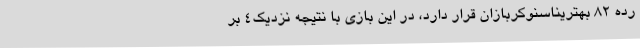
رده 82 بهتریناسنوکربازان قرار دارد، در این بازی با نتیجه نزدیک4 بر